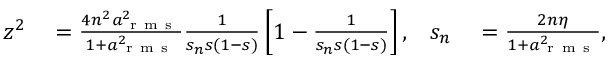
\begin{array} { r l r l } { z ^ { 2 } } & { { } = \frac { 4 n ^ { 2 } a _ { \mathrm { ~ r ~ m ~ s ~ } } ^ { 2 } } { 1 + a _ { \mathrm { ~ r ~ m ~ s ~ } } ^ { 2 } } \frac { 1 } { s _ { n } s ( 1 - s ) } \left[ 1 - \frac { 1 } { s _ { n } s ( 1 - s ) } \right] , } & { s _ { n } } & { { } = \frac { 2 n \eta } { 1 + a _ { \mathrm { ~ r ~ m ~ s ~ } } ^ { 2 } } , } \end{array}